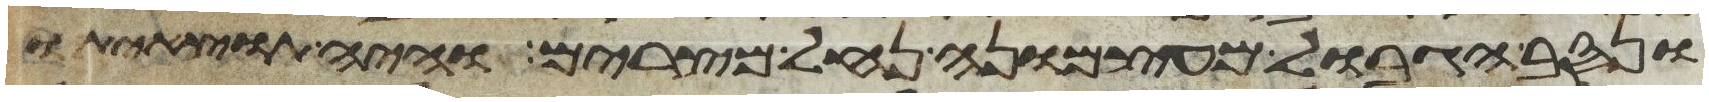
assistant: ונסב הגבול מעצמונה נחל מצרים והיה תוצאיתו